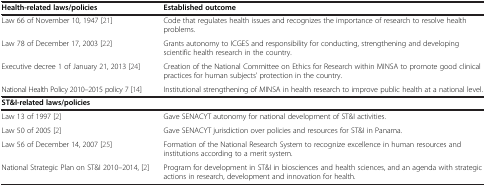
| Health-related laws/policies | Established outcome |
 | --- | --- |
 | Law 66 of November 10, 1947 [21] | Code that regulates health issues and recognizes the importance of research to resolve health problems. |
 | Law 78 of December 17, 2003 [22] | Grants autonomy to ICGES and responsibility for conducting, strengthening and developing scientific health research in the country. |
 | Executive decree 1 of January 21, 2013 [24] | Creation of the National Committee on Ethics for Research within MINSA to promote good clinical practices for human subjects’ protection in the country. |
 | National Health Policy 2010–2015 policy 7 [14] | Institutional strengthening of MINSA in health research to improve public health at a national level. |
 | ST&I-related laws/policies |  |
 | Law 13 of 1997 [2] | Gave SENACYT autonomy for national development of ST&I activities. |
 | Law 50 of 2005 [2] | Gave SENACYT jurisdiction over policies and resources for ST&I in Panama. |
 | Law 56 of December 14, 2007 [25] | Formation of the National Research System to recognize excellence in human resources and institutions according to a merit system. |
 | National Strategic Plan on ST&I 2010–2014, [2] | Program for development in ST&I in biosciences and health sciences, and an agenda with strategic actions in research, development and innovation for health. |